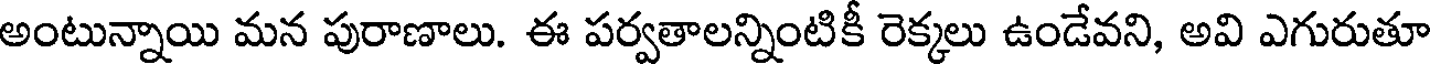
అంటున్నాయి మన పురాణాలు. ఈ పర్వతాలన్నింటికీ రెక్కలు ఉండేవని, అవి ఎగురుతూ